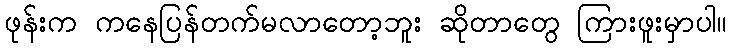
ဖုန်းက ကနေပြန်တက်မလာတော့ဘူး ဆိုတာတွေ ကြားဖူးမှာပါ။